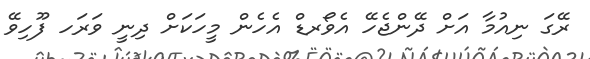
ރޭގަ ނިއުމާ އަށް ދޭންޖެހޭ އެވޯރޑް އެހެން މީހަކަށް ދިނީ ވަރަހ ފޫހިވޭ